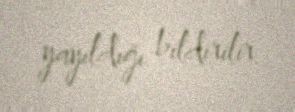
yayıldığı bildirilir.